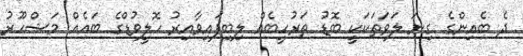
ދެ ބެއިންގެ ގިނަ ލަވަތަކަކީ ބޮޑު ތަރުހީބެއް ލިބިފައިވާއިރު ހޮލީވުޑްގެ ބައެއް މަޝްހޫރު